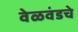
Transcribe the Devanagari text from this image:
वेळवंडचे